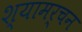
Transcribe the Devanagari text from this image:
श्यामर्चन